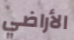
الأراضي